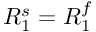
R _ { 1 } ^ { s } = R _ { 1 } ^ { f }